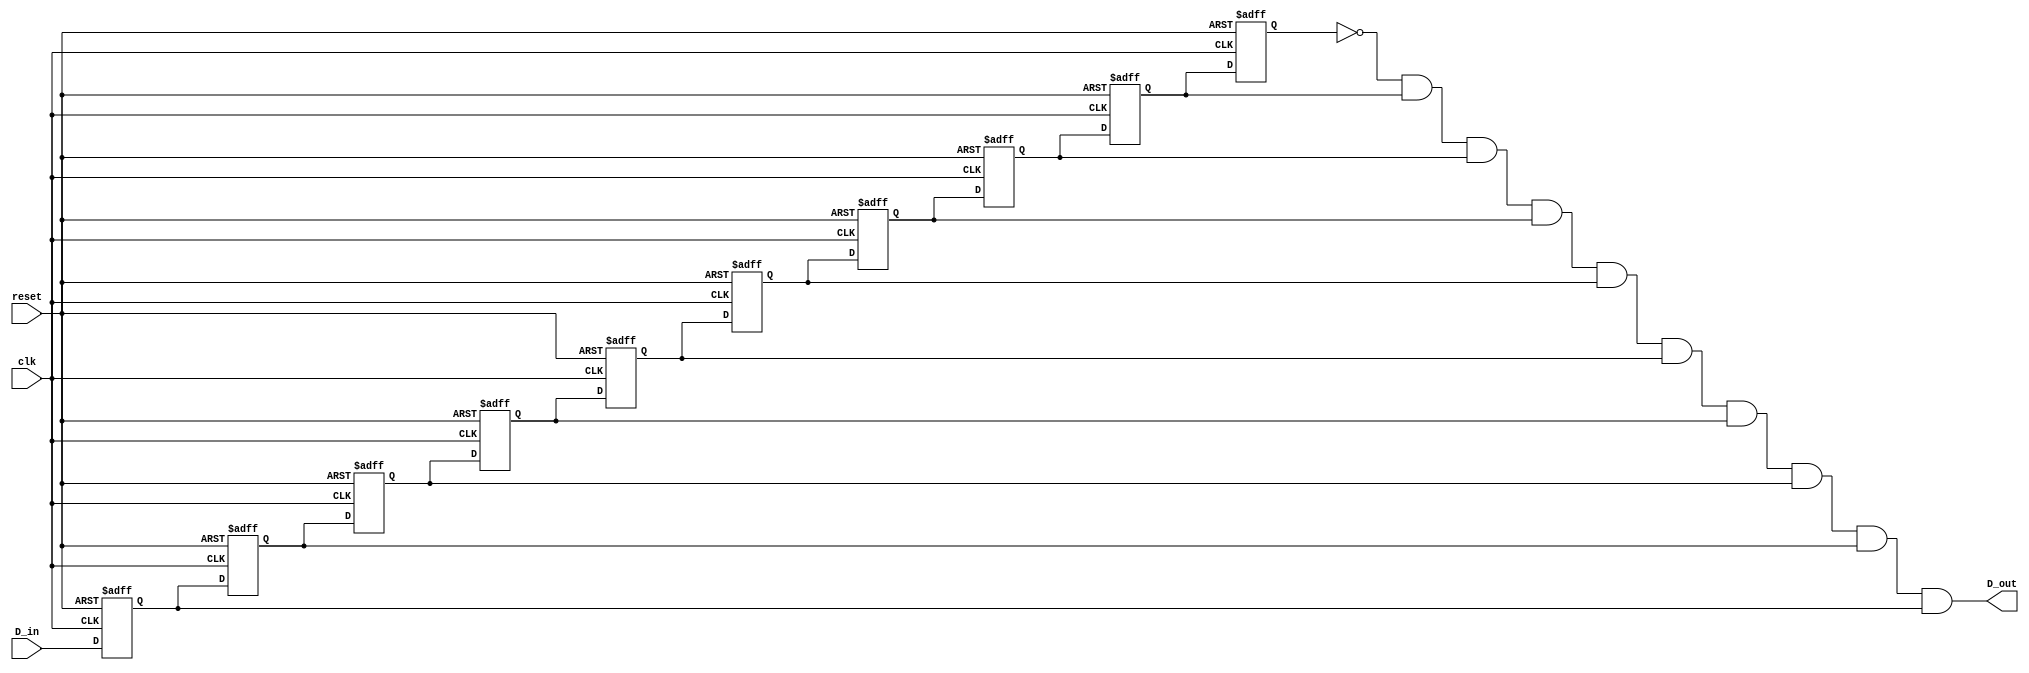
`timescale 1ns / 1ps
//////////////////////////////////////////////////////////////////////////////////
// 
// Version:        1.0 
// Description:    This is the one shot file which is used to generate a single
//                 clock tick. The one shot will find a pattern by sequentially
//                 loading the clock ticks and it will debounce the clock ticks
//                 by checking if the pattern is finished.
//
//
//////////////////////////////////////////////////////////////////////////////////
module one_shot(
    input D_in,
    input clk,
    input reset,
    output wire D_out //output wire D_out
    );


reg q9, q8, q7, q6, q5, q4, q3, q2, q1, q0;

always @ (posedge clk or posedge reset)
   if (reset == 1'b1)
      {q9, q8, q7, q6, q5, q4, q3, q2, q1, q0} <= 10'b0;
   else begin
	   // shift in the new sample that's on the D_in input
		q9 <= q8; q8 <= q7; q7 <= q6; q6 <= q5; q5 <= q4;
		q4 <= q3; q3 <= q2; q2 <= q1; q1 <= q0; q0 <= D_in;
	end
	
//create the debounced, one-shot output pulse
assign D_out = !q9 & q8 & q7 & q6 & q5 &
              q4 & q3 & q2 & q1 & q0;
					 
endmodule